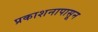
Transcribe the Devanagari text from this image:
प्रकाशनापासून